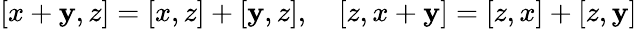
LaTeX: [x+\mathbf{y},z]=[x,z]+[\mathbf{y},z],\quad[z,x+\mathbf{y}]=[z,x]+[z,\mathbf{y}]